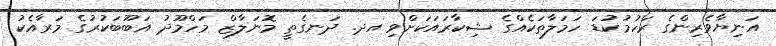
އަނިޔާވެރިންގެ ރަހުމުކުޑަ ހަމަލާތަކެއްގެ ޝިކާރައަކަށްވި އދ. ދަނގެތީ މޮނަލާޒް މަހްމޫދު އަބޫބަކުރުގެ މަރާއެކު